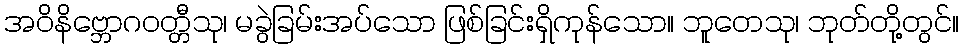
အဝိနိဗ္ဘောဂဝတ္တီသု၊ မခွဲခြမ်းအပ်သော ဖြစ်ခြင်းရှိကုန်သော။ ဘူတေသု၊ ဘုတ်တို့တွင်။